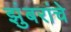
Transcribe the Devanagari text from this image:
झुंबरांचे